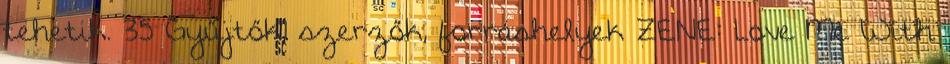
tehetik. 35 Gyűjtők, szerzők, forráshelyek ZENE: Love Me With